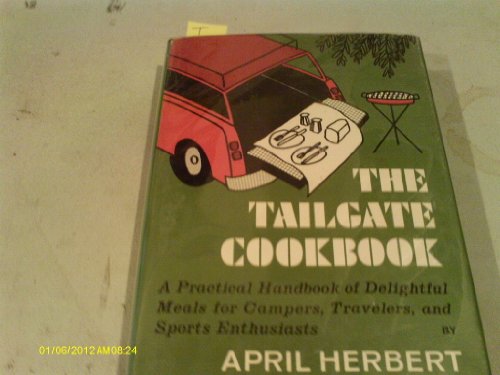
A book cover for The tailgate cookbook;: A practical handbook of delightful meals for campers, travelers, and sports enthusiasts; April Herbert; Cookbooks, Food & Wine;